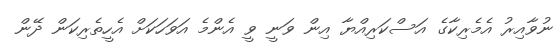
ނުވާއިރު އެމެރިކާގެ އަސްކަރިއްޔާ އިން ވަނީ ވީ އެންމެ އަވަހަކަށް އެހީތެރިކަން ދޭން